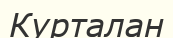
Курталан